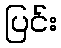
ပြင်း